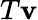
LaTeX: T\mathbf{v}